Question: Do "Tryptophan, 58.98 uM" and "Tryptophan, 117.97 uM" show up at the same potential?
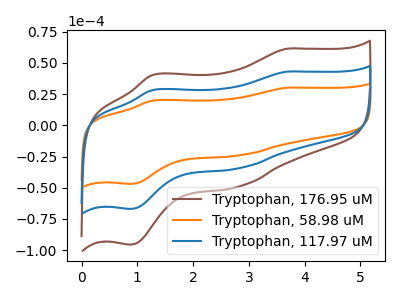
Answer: <think>The brown curve "Tryptophan, 176.95 uM" has anodic peaks at (3.70V, 86.00uA) (1.30V, 56.70uA) and cathodic peaks at (2.80V, -68.75uA) (0.85V, -133.85uA). The orange curve "Tryptophan, 58.98 uM" has anodic peaks at (3.70V, 30.15uA) (1.30V, 19.85uA) and cathodic peaks at (2.80V, -24.10uA) (0.85V, -46.90uA). The blue curve "Tryptophan, 117.97 uM" has anodic peaks at (3.70V, 43.00uA) (1.30V, 28.35uA) and cathodic peaks at (2.80V, -34.40uA) (0.85V, -66.90uA).
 All the peaks in "Tryptophan, 58.98 uM" have a peak in "Tryptophan, 117.97 uM" at the same potential. Every peak in "Tryptophan, 58.98 uM" is lower than every peak in "Tryptophan, 117.97 uM".</think>
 <answer>"Tryptophan, 58.98 uM" and "Tryptophan, 117.97 uM" are similar in shape.</answer>
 <eval>same_shape</eval>